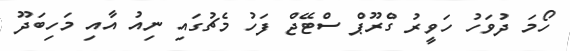
ހޯމަ ދުވަހު ހަވީރު ގްރޫޕް ސްޓޭޖް ފަހު މެޗުގައި ނިއު އާއި މަހިބަދޫ